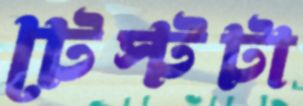
টেস্টটা